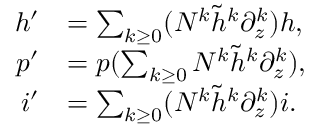
\begin{array} { r l } { h ^ { \prime } } & { = \sum _ { k \geq 0 } ( N ^ { k } \tilde { h } ^ { k } \partial _ { z } ^ { k } ) h , } \\ { p ^ { \prime } } & { = p ( \sum _ { k \geq 0 } N ^ { k } \tilde { h } ^ { k } \partial _ { z } ^ { k } ) , } \\ { i ^ { \prime } } & { = \sum _ { k \geq 0 } ( N ^ { k } \tilde { h } ^ { k } \partial _ { z } ^ { k } ) i . } \end{array}